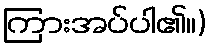
ကြားအပ်ပါ၏။)